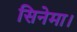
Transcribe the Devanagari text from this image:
सिनेमा।